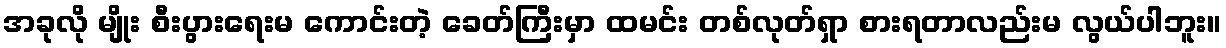
အခုလို မျိုး စီးပွားရေးမ ကောင်းတဲ့ ခေတ်ကြီးမှာ ထမင်း တစ်လုတ်ရှာ စားရတာလည်းမ လွယ်ပါဘူး။